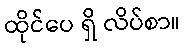
ထိုင်ပေ ရှိ လိပ်စာ။